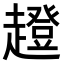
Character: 𧾊